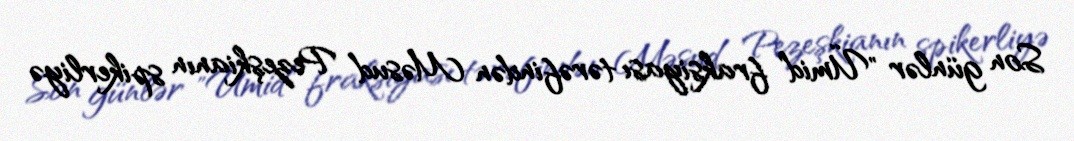
Son günlər "Ümid" fraksiyası tərəfindən Məsud Pezeşkianın spikerliyə